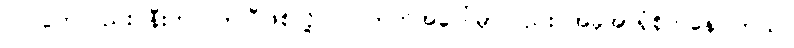
ပြိုင်ပွဲကလည်း နီးကပ်လာပြီဖြစ်လို့ ပြိုင်ဘက်အပေါ်မှာလည်း အခုအာရုံစိုက်နေပါတယ်။